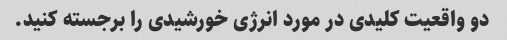
دو واقعیت کلیدی در مورد انرژی خورشیدی را برجسته کنید.